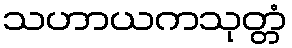
သဟာယကသုတ္တံ